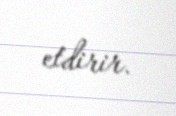
etdirir.